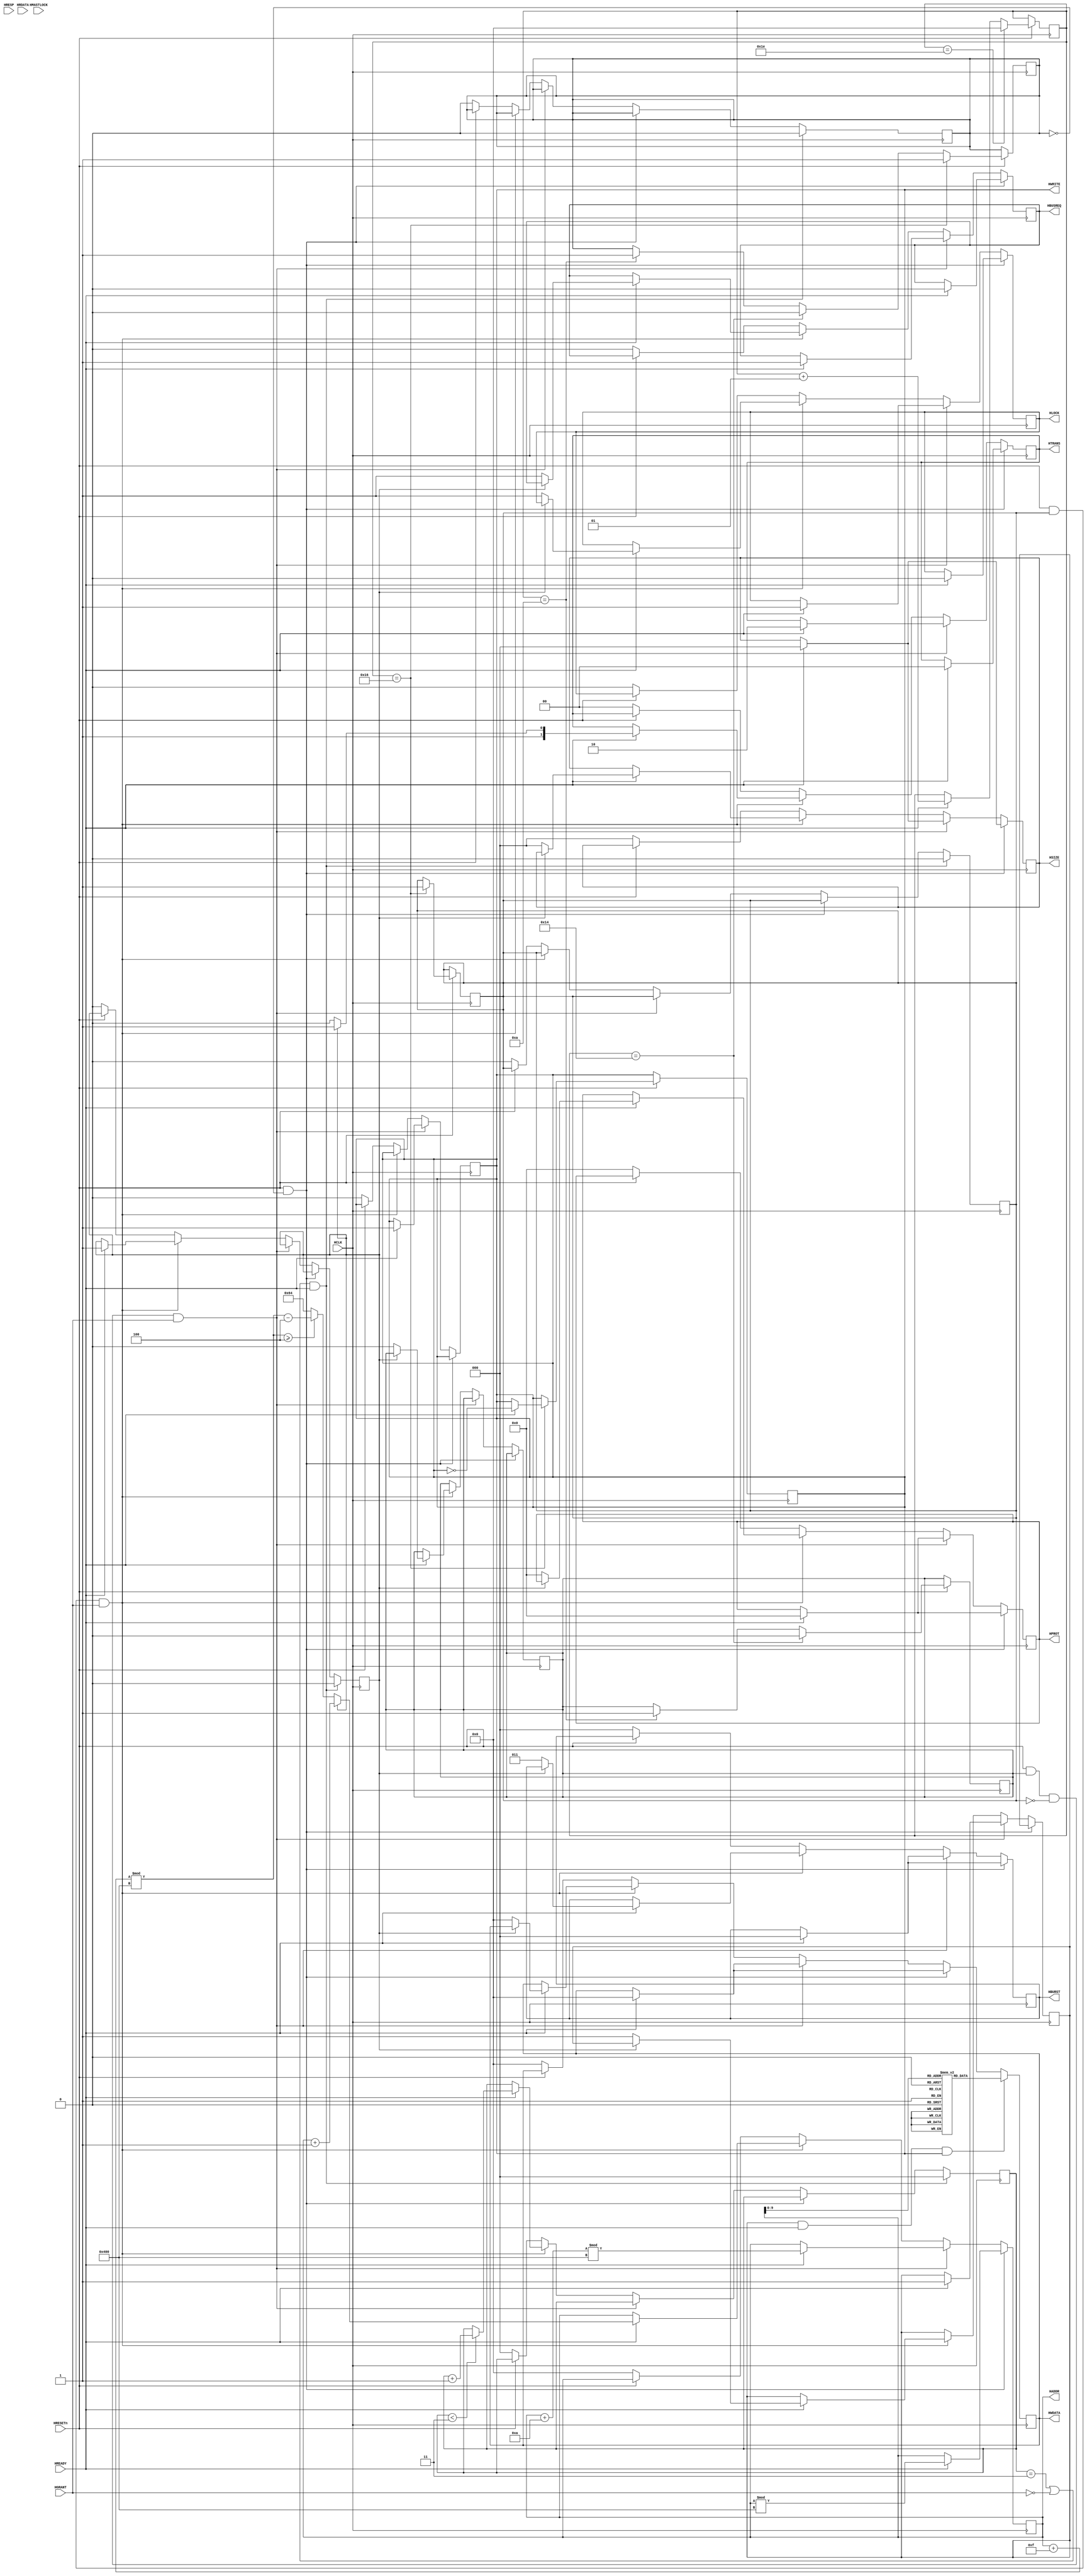
//----------------------------------------------------------------------
//   Copyright 2013 Mentor Graphics Corporation
//   All Rights Reserved Worldwide
//
//   Licensed under the Apache License, Version 2.0 (the
//   "License"); you may not use this file except in
//   compliance with the License.  You may obtain a copy of
//   the License at
//
//       http://www.apache.org/licenses/LICENSE-2.0
//
//   Unless required by applicable law or agreed to in
//   writing, software distributed under the License is
//   distributed on an "AS IS" BASIS, WITHOUT WARRANTIES OR
//   CONDITIONS OF ANY KIND, either express or implied.  See
//   the License for the specific language governing
//   permissions and limitations under the License.
//----------------------------------------------------------------------

module ahb_verilog_master(
                            HCLK,
                            HRESETn,
                            HADDR,
                            HTRANS,
                            HWRITE,
                            HSIZE,
                            HWDATA,
                            HBURST,
                            HPROT,
                            HRDATA,
                            HREADY,
                            HRESP,
                            HGRANT,
                            HMASTLOCK,
                            HBUSREQ,
                            HLOCK
                          );
    
  parameter AHB_NUM_MASTERS = 1;
  parameter AHB_NUM_MASTER_BITS = 1;
  parameter AHB_NUM_SLAVES = 1;
  parameter AHB_ADDRESS_WIDTH = 32;
  parameter AHB_WDATA_WIDTH = 32;
  parameter AHB_RDATA_WIDTH = 32;
  parameter AHB_MASTER_INDEX = 0;
  parameter AGENT_NAME = "";

input                       HCLK;
input                       HRESETn;
input  [(AHB_RDATA_WIDTH-1):0]   HRDATA;
input                       HREADY;
input  [1:0]                HRESP;
input                       HGRANT;
input                       HMASTLOCK;
output                      HBUSREQ;
output                      HLOCK;
output [(AHB_ADDRESS_WIDTH-1):0] HADDR;
output [1:0]                HTRANS;
output                      HWRITE;
output [2:0]                HSIZE;
output [2:0]                HBURST;
output [3:0]                HPROT;
output [(AHB_WDATA_WIDTH-1):0]   HWDATA;

reg                         HBUSREQ=0;
reg                         HLOCK;
reg    [1:0]                HTRANS;
reg                         HWRITE;
reg    [2:0]                HSIZE;
reg    [2:0]                HBURST;
reg    [3:0]                HPROT;
reg    [(AHB_WDATA_WIDTH-1):0]   HWDATA;

reg [(AHB_WDATA_WIDTH-1):0] wdata_memory[0:1023];

integer i;

initial
begin
    HTRANS  = 2'b0;
    HWRITE  = 1'b1;
    HSIZE   = 2'b0;
    HBURST  = 3'b0;
    HPROT   = 4'b0;
    HWDATA  = 'b0;
    for(i=0;i<1024;i=i+1)
    begin
        wdata_memory[i] = i+1;
    end
end
integer count  = 0;
reg cntr_phase = 0;
reg sngl_tnfr  = 0;
reg idle_off   = 0;
reg burst_tnfr = 0;
reg sequential = 0;
reg [2:0]incr4 = 0;

reg [(AHB_ADDRESS_WIDTH-1):0] address = 0;

assign HADDR = address;

    always @(posedge HCLK)
    begin
        if(HRESETn == 1'b1)
        begin
            if(HREADY == 1'b1)
              count <= count + 1;
            if(count == 10)
            begin                     // do single transfers 
                idle_off <= 1'b1;
                sngl_tnfr  <= 1'b1;
            end                       
            if(count == 20)
            begin                     // do an idle cycle before burst
                idle_off <= 1'b0;
                sngl_tnfr  <= 1'b0;
            end
            if(count == 22)
            begin                     // do burst transfers
                idle_off <= 1'b1;
                burst_tnfr <= 1'b1;
                if(HREADY == 1'b1)
                    HWRITE     = ~HWRITE;
            end
            if(count == 30)
              count <= 0;
        end
    end

    always @(posedge HCLK)
    begin
        if(HRESETn == 1'b1 && idle_off == 1'b0)
        begin
            if(HREADY == 1'b1)
            begin
                HTRANS     <= 2'b0;
                HSIZE      <= 2'b0;
                HBURST     <= 3'b0;
                HPROT      <= 4'b0;
                HWDATA     <= 'b0;
                address    <= address % 1024;
                HBUSREQ    <= 1'b0;
                HLOCK      <= 1'b0;
            end
        end
    // SINGLE TRANSFERS
       else if((HRESETn == 1'b1) && (sngl_tnfr == 1'b1) && (burst_tnfr == 1'b0) && (HGRANT == 1'b1))
        begin
            if(HREADY == 1'b1)
            begin
                HTRANS       <= 2'b10;
                HWRITE       <= 1'b1;
                HSIZE        <= 2'b0;
                HBURST       <= 3'b0;
                HPROT        <= 4'b0;
                HWDATA       <= 'b0;
                HBUSREQ      <= 1'b1;
                HLOCK        <= 1'b1;
                address      <= (address + 10)  % 1024;
                cntr_phase   <= 1'b1;
            end    
        end    
    // BURST TRANSFERS
        else if((HRESETn == 1'b1) && (burst_tnfr == 1'b1) && (HGRANT == 1'b1))
        begin
            if(HREADY == 1'b1)
            begin
                if(incr4 < 2'b11)
                  incr4        <= incr4 + 1;
                if(sequential == 1'b0)
                begin
                    HTRANS       <= 2'b10;
                    HSIZE        <= 2'b0;
                    HBURST       <= 3'b011;
                    HPROT        <= 4'b0;
                    HWDATA       <= 'b0;
                    HBUSREQ      <= 1'b1;
                    HLOCK        <= 1'b1;
                    address      <= (((address + 15) % 1024) >= 4 ? (((address + 15) % 1024) - 4) : 100);
                    cntr_phase   <= 1'b1;
                    sngl_tnfr    <= 1'b0;
                    sequential   <= 1'b1;
                end
                else
                begin
                    HTRANS       <= 2'b11;
                    address      <= address + 1;
                end    
            end    
        end
        else if(HRESETn == 1'b0)
        begin
            HTRANS    <= 2'b0;
            HSIZE     <= 2'b0;
            HBURST    <= 3'b0;
            HPROT     <= 4'b0;
            HWDATA    <=  'b0;
            HBUSREQ   <= 1'b0;
            HLOCK     <= 1'b0;
            HWRITE    <= 1'b0;
            HLOCK     <= 1'b0;
            address   <=  'b0;
            burst_tnfr <= 1'b0;
            idle_off   <= 1'b0;
            sequential <= 1'b0;
            incr4      <= 2'b00;
        end
        if (((incr4 == 2'b11) || (HGRANT == 1'b0)) && (HREADY == 1'b1))
        begin
            burst_tnfr <= 1'b0;
            idle_off   <= 1'b0;
            sequential <= 1'b0;
            incr4      <= 2'b00;
        end
    // valid data will go 1 clk after address
        if(cntr_phase == 1'b1 && HREADY == 1'b1 && HWRITE == 1'b1)
        begin
            HWDATA <= wdata_memory[address];
        end    
    end
   
endmodule